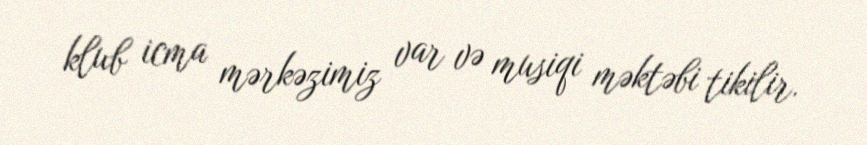
klub icma mərkəzimiz var və musiqi məktəbi tikilir.